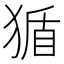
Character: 𪻂